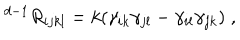
LaTeX: { } ^ { d - 1 } R _ { i j k l } = k ( \gamma _ { i k } \gamma _ { j l } - \gamma _ { i l } \gamma _ { j k } ) \; ,